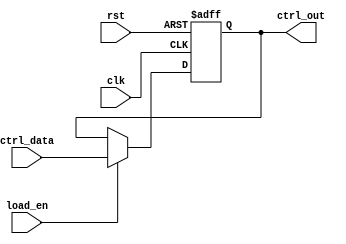
module ControlRegister (
    input wire clk,              // Clock signal
    input wire rst,              // Asynchronous reset signal
    input wire [n-1:0] ctrl_data, // Control data input bus
    input wire load_en,          // Load enable signal
    output reg [n-1:0] ctrl_out   // Control register output
);
    parameter n = 8; // Define the width of the control register (number of control signals)

    // Asynchronous reset and loading mechanism
    always @(posedge clk or posedge rst) begin
        if (rst) begin
            ctrl_out <= {n{1'b0}}; // Reset control register to 0
        end else if (load_en) begin
            ctrl_out <= ctrl_data; // Load control data into the register
        end
        // If load_en is not asserted, ctrl_out retains its previous value
    end

endmodule